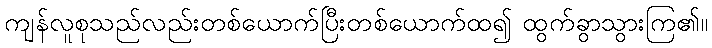
ကျန်လူစုသည်လည်းတစ်ယောက်ပြီးတစ်ယောက်ထ၍ ထွက်ခွာသွားကြ၏။